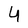
Character: 4